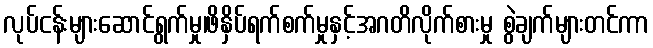
လုပ်ငန်းများဆောင်ရွက်မှု၊ဖိနှိပ်ရက်စက်မှုနှင့်အဂတိလိုက်စားမှု စွဲချက်များတင်ကာ